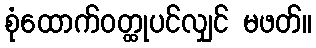
စုံထောက်ဝတ္ထုပင်လျှင် မဖတ်။